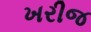
ખરીજ